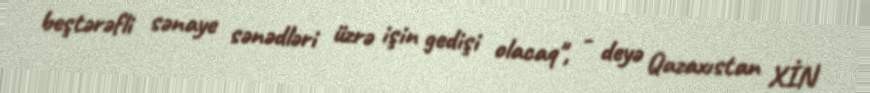
beştərəfli sənaye sənədləri üzrə işin gedişi olacaq", - deyə Qazaxıstan XİN